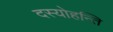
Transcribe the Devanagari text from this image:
दस्योहन्ति